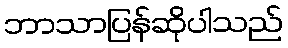
ဘာသာပြန်ဆိုပါသည်